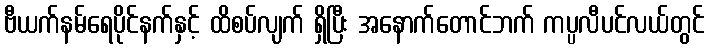
ဗီယက်နမ်ရေပိုင်နက်နှင့် ထိစပ်လျက် ရှိပြီး အနောက်တောင်ဘက် ကပ္ပလီပင်လယ်တွင်